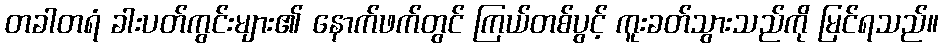
တခါတရံ ခါးပတ်ကွင်းများ၏ နောက်ဖက်တွင် ကြယ်တစ်ပွင့် ကူးခတ်သွားသည်ကို မြင်ရသည်။